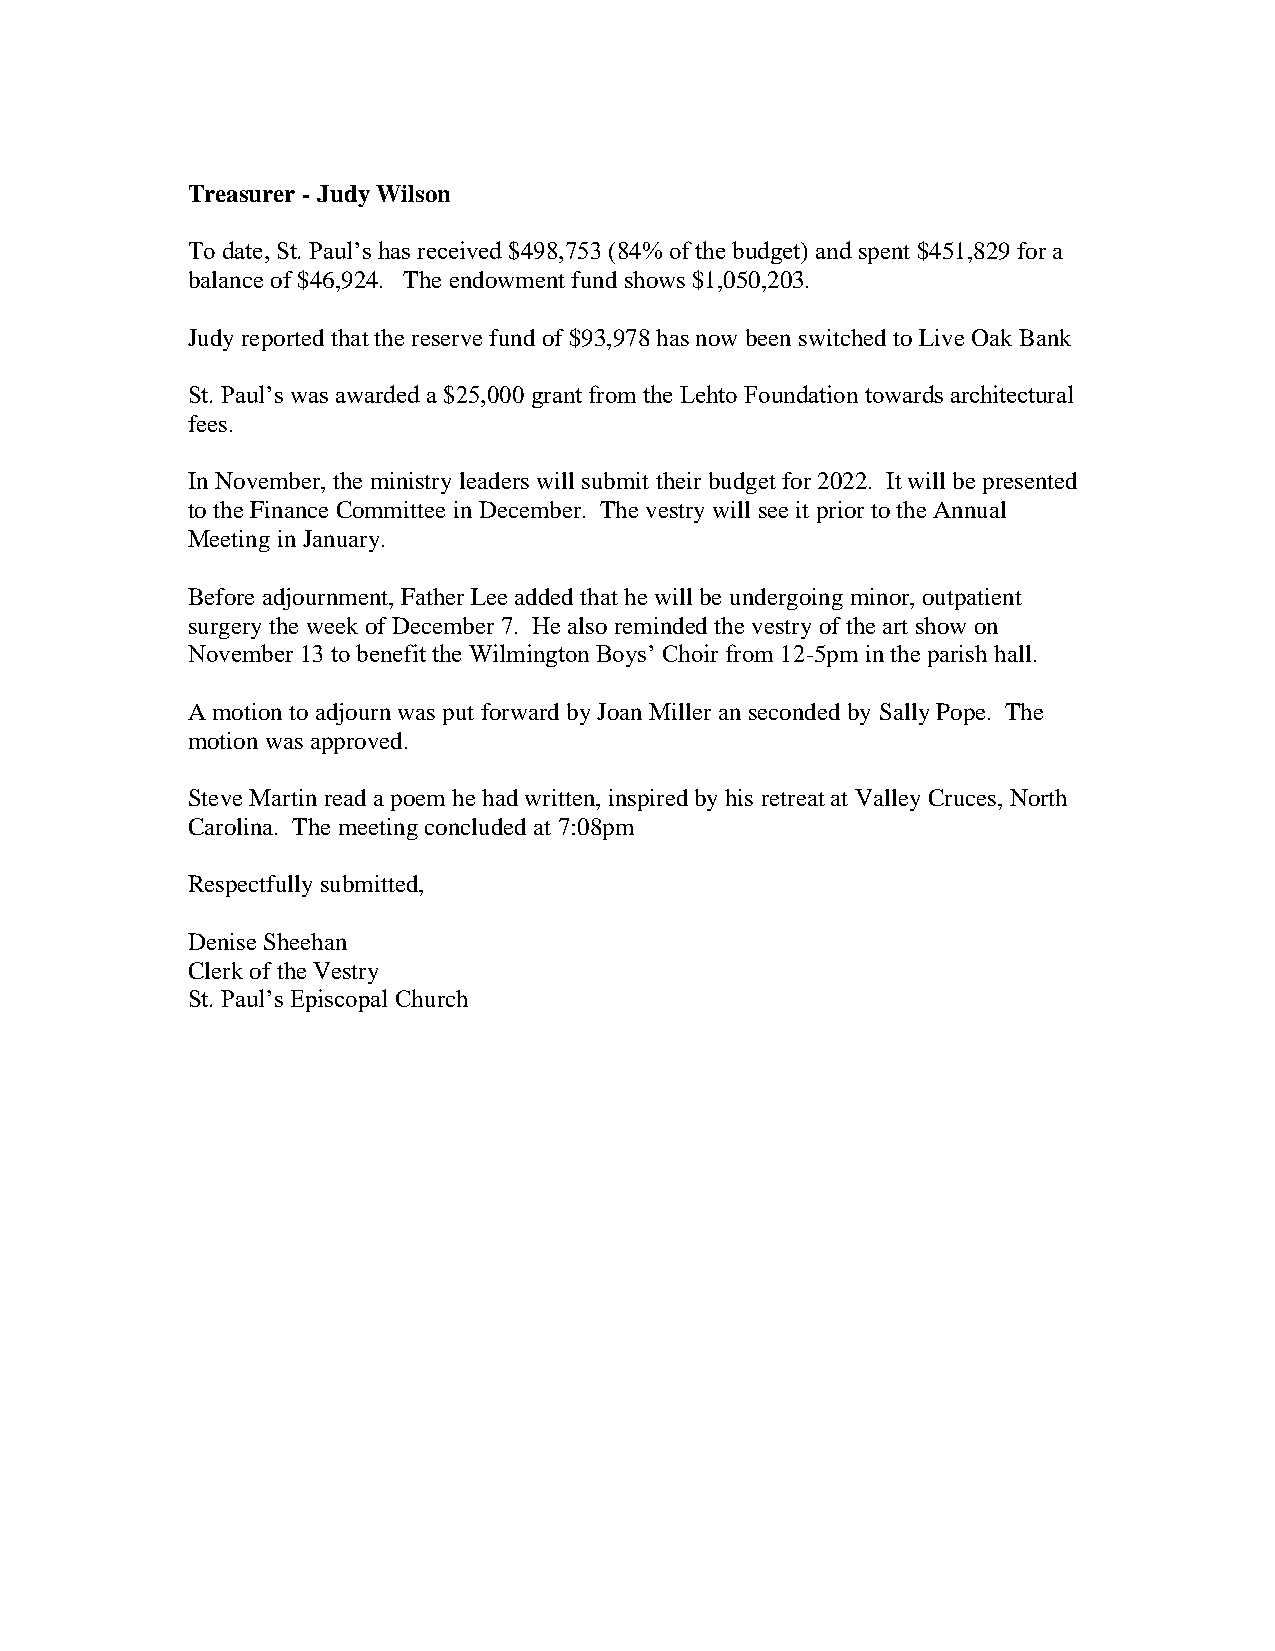
Treasurer - Judy Wilson
 To date, St. Paul’s has received $498,753 (84% of the budget) and spent $451,829 for a
 balance of $46,924. The endowment fund shows $1,050,203.
 Judy reported that the reserve fund of $93,978 has now been switched to Live Oak Bank
 St. Paul’s was awarded a $25,000 grant from the Lehto Foundation towards architectural
 fees.
 In November, the ministry leaders will submit their budget for 2022. It will be presented
 to the Finance Committee in December. The vestry will see it prior to the Annual
 Meeting in January.
 Before adjournment, Father Lee added that he will be undergoing minor, outpatient
 surgery the week of December 7. He also reminded the vestry of the art show on
 November 13 to benefit the Wilmington Boys’ Choir from 12-5pm in the parish hall.
 A motion to adjourn was put forward by Joan Miller an seconded by Sally Pope. The
 motion was approved.
 Steve Martin read a poem he had written, inspired by his retreat at Valley Cruces, North
 Carolina. The meeting concluded at 7:08pm
 Respectfully submitted,
 Denise Sheehan
 Clerk of the Vestry
 St. Paul’s Episcopal Church